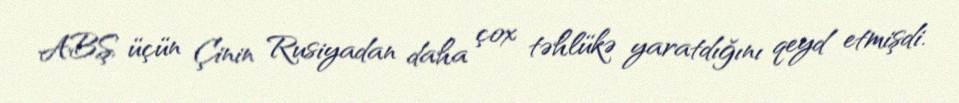
ABŞ üçün Çinin Rusiyadan daha çox təhlükə yaratdığını qeyd etmişdi.